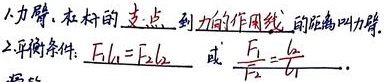
1. 力臂：在杆的支点到力的作用线的距离叫力臂。
2. 平衡条件：\(F_{1}l_{1}=F_{2}l_{2}\) 或 \(\frac{F_{1}}{F_{2}} = \frac{l_{2}}{l_{1}}\)  。